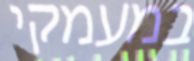
במעמקי